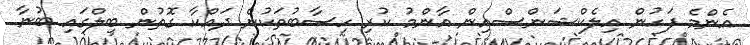
އެންމެ ފަހުން އިލެކްޝަންސްއިން އާންމު ކުރި ހިސާބުތަކުން ދައްކާ ގޮތުން ބިލްގައި ބުނާ